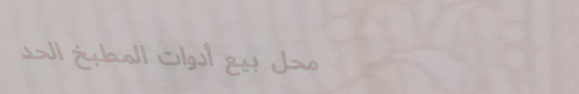
محل بيع أدوات المطبخ الحد